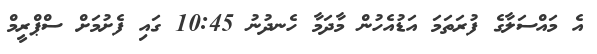
އެ މައްސަލާގެ ފުރަަތަމަ އަޑުއެހުން މާދަމާ ހެނދުނު 10:45 ގައި ފެށުމަށް ސްޕްރީމް